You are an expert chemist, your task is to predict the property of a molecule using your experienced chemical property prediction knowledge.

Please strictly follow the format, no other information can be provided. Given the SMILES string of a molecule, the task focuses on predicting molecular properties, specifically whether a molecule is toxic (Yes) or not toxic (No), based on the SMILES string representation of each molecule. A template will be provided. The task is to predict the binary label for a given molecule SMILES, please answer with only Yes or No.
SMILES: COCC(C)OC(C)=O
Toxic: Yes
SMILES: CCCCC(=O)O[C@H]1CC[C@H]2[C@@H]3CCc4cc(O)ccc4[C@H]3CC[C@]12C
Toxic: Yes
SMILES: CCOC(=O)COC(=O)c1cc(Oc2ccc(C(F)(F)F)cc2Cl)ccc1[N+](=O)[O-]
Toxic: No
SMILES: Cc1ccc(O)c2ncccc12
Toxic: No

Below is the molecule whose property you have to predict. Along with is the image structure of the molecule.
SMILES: S=C1SCN(Cc2ccccc2)CN1Cc1ccccc1
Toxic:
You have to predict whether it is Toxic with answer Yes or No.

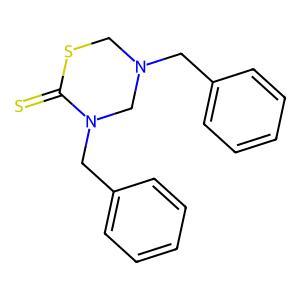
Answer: No